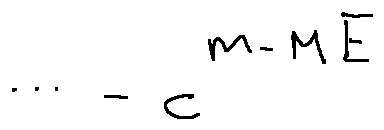
\cdots - c ^ { m - M E }